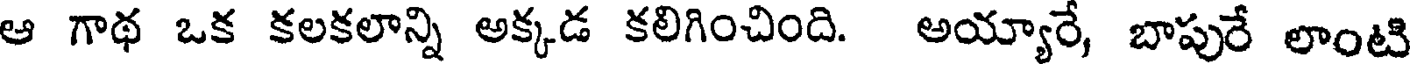
ఆ గాథ ఒక కలకలాన్ని అక్కడ కలిగించింది. అయ్యారే, బాపురే లాంటి